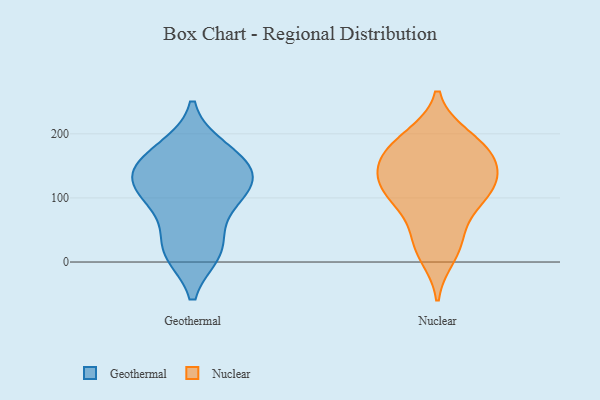
{"axis": {"x": "Customer Acquisition Cost (USD)", "y": "Value"}, "legend": ["Geothermal", "Nuclear"], "data": [{"x": "", "y": 121, "type": "Geothermal"}, {"x": "", "y": 19, "type": "Geothermal"}, {"x": "", "y": 16, "type": "Geothermal"}, {"x": "", "y": 168, "type": "Geothermal"}, {"x": "", "y": 22, "type": "Geothermal"}, {"x": "", "y": 128, "type": "Geothermal"}, {"x": "", "y": 94, "type": "Geothermal"}, {"x": "", "y": 141, "type": "Geothermal"}, {"x": "", "y": 176, "type": "Geothermal"}, {"x": "", "y": 156, "type": "Geothermal"}, {"x": "", "y": 87, "type": "Geothermal"}, {"x": "", "y": 121, "type": "Geothermal"}, {"x": "", "y": 28, "type": "Nuclear"}, {"x": "", "y": 196, "type": "Nuclear"}, {"x": "", "y": 38, "type": "Nuclear"}, {"x": "", "y": 98, "type": "Nuclear"}, {"x": "", "y": 117, "type": "Nuclear"}, {"x": "", "y": 171, "type": "Nuclear"}, {"x": "", "y": 148, "type": "Nuclear"}, {"x": "", "y": 83, "type": "Nuclear"}, {"x": "", "y": 196, "type": "Nuclear"}, {"x": "", "y": 167, "type": "Nuclear"}, {"x": "", "y": 10, "type": "Nuclear"}, {"x": "", "y": 169, "type": "Nuclear"}, {"x": "", "y": 116, "type": "Nuclear"}, {"x": "", "y": 151, "type": "Nuclear"}, {"x": "", "y": 110, "type": "Nuclear"}, {"x": "", "y": 122, "type": "Nuclear"}]}